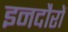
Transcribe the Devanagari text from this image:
इनदौरों